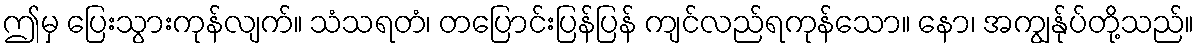
ဤမှ ပြေးသွားကုန်လျက်။ သံသရတံ၊ တပြောင်းပြန်ပြန် ကျင်လည်ရကုန်သော။ နော၊ အကျွန်ုပ်တို့သည်။